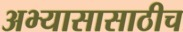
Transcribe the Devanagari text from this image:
अभ्यासासाठीच